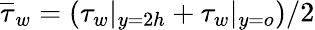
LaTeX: \overline{{\tau}}_{w}=(\tau_{w}|_{y=2h}+\tau_{w}|_{y=o})/2